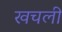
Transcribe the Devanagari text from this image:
खचली